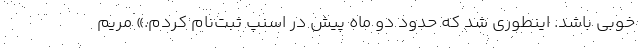
خوبی باشد. اینطوری شد که حدود دو ماه پیش در اسنپ ثبت‌نام کردم.» مریم